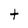
Character: t